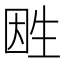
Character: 𤯠